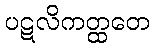
ပဋလိကတ္ထတေ